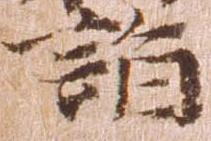
詣